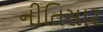
નીતિસાર